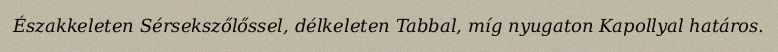
Északkeleten Sérsekszőlőssel, délkeleten Tabbal, míg nyugaton Kapollyal határos.